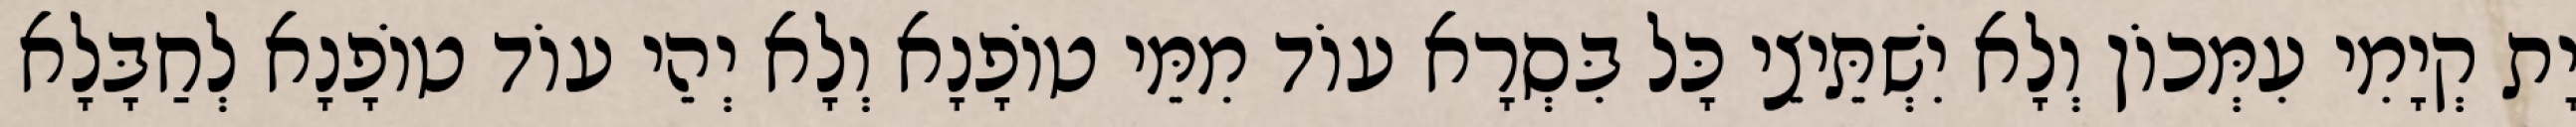
יָת קְיָמִי עִמְּכוֹן וְלָא יִשְׁתֵּיצֵי כָּל בִּסְרָא עוֹד מִמֵּי טוֹפָנָא וְלָא יְהֵי עוֹד טוֹפָנָא לְחַבָּלָא